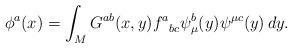
LaTeX: \begin{align*}\phi^a(x)=\int_M G^{ab}(x,y){f^a}_{bc}\psi_\mu^b(y)\psi^{\mu c}(y) \,dy.\end{align*}